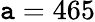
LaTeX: \mathtt{a}=465